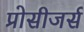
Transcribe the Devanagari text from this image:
प्रोसीजर्स